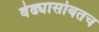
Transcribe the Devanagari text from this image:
वेढ्यासोबतच